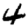
Digit: 4